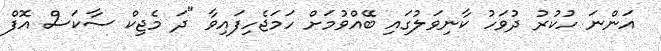
އަންނަ ހުކުރު ދުވަހު ކާނިވަލުގައި ބޭއްވުމަށް ހަމަޖެހިފައިވާ "ދަ މެޖިކް ސާކަސް އޮފް